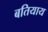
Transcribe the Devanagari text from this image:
बतियाय